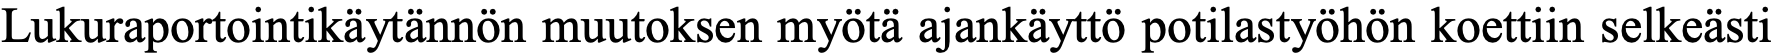
Lukuraportointikäytännön muutoksen myötä ajankäyttö potilastyöhön koettiin selkeästi